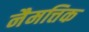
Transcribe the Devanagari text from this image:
नैमत्तिक